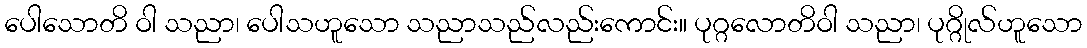
ပေါသောတိ ဝါ သညာ၊ ပေါသဟူသော သညာသည်လည်းကောင်း။ ပုဂ္ဂလောတိဝါ သညာ၊ ပုဂ္ဂိုလ်ဟူသော